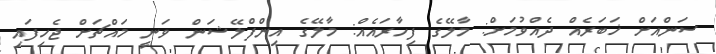
ސަންއަށް ޚަބަރެއް ދެއްވުމަށް: މާލޭގެ ފިހާރައެއް: މާލޭގެ އިންފްލޭޝަން ވަނީ މައްޗަށް ޖެހިފައި